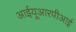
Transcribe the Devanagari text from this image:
आईयूआरपीआई